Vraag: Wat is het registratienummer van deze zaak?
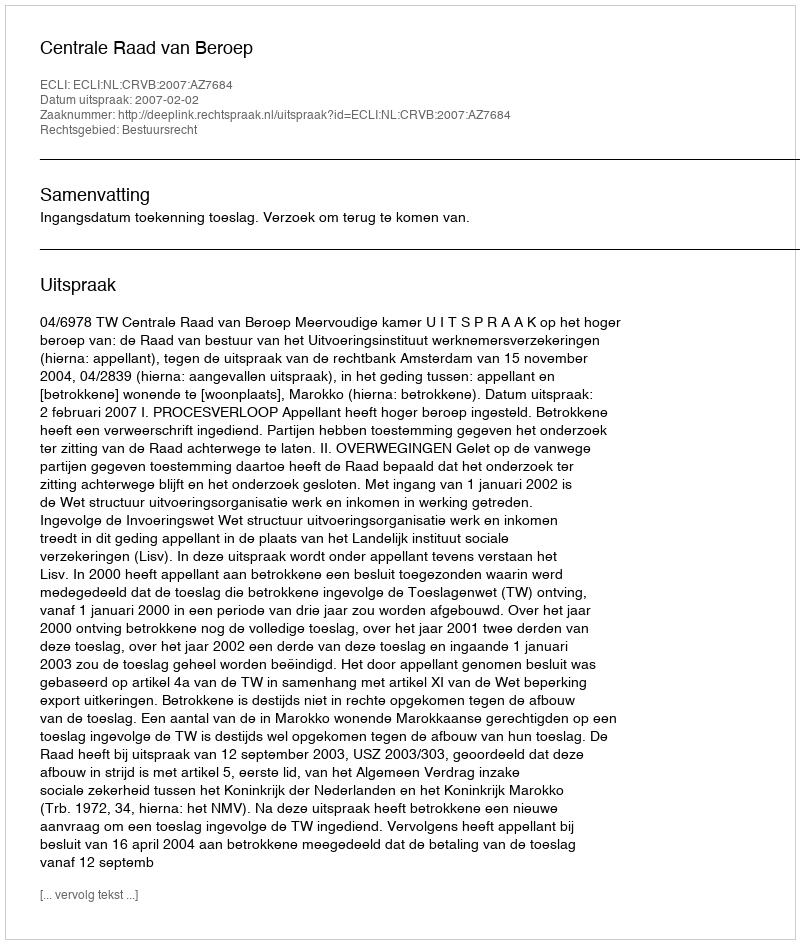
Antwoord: http://deeplink.rechtspraak.nl/uitspraak?id=ECLI:NL:CRVB:2007:AZ7684